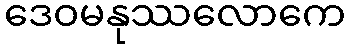
ဒေဝမနုဿလောကေ